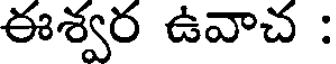
ఈశ్వర ఉవాచ :